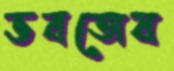
ভবতোষ